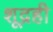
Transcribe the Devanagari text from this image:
शूद्रही